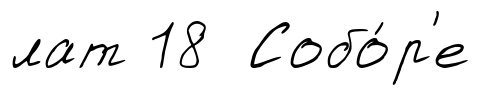
лат 18 Собо́р'е